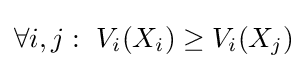
\forall i,j:\ V_{i}(X_{i})\geq V_{i}(X_{j})